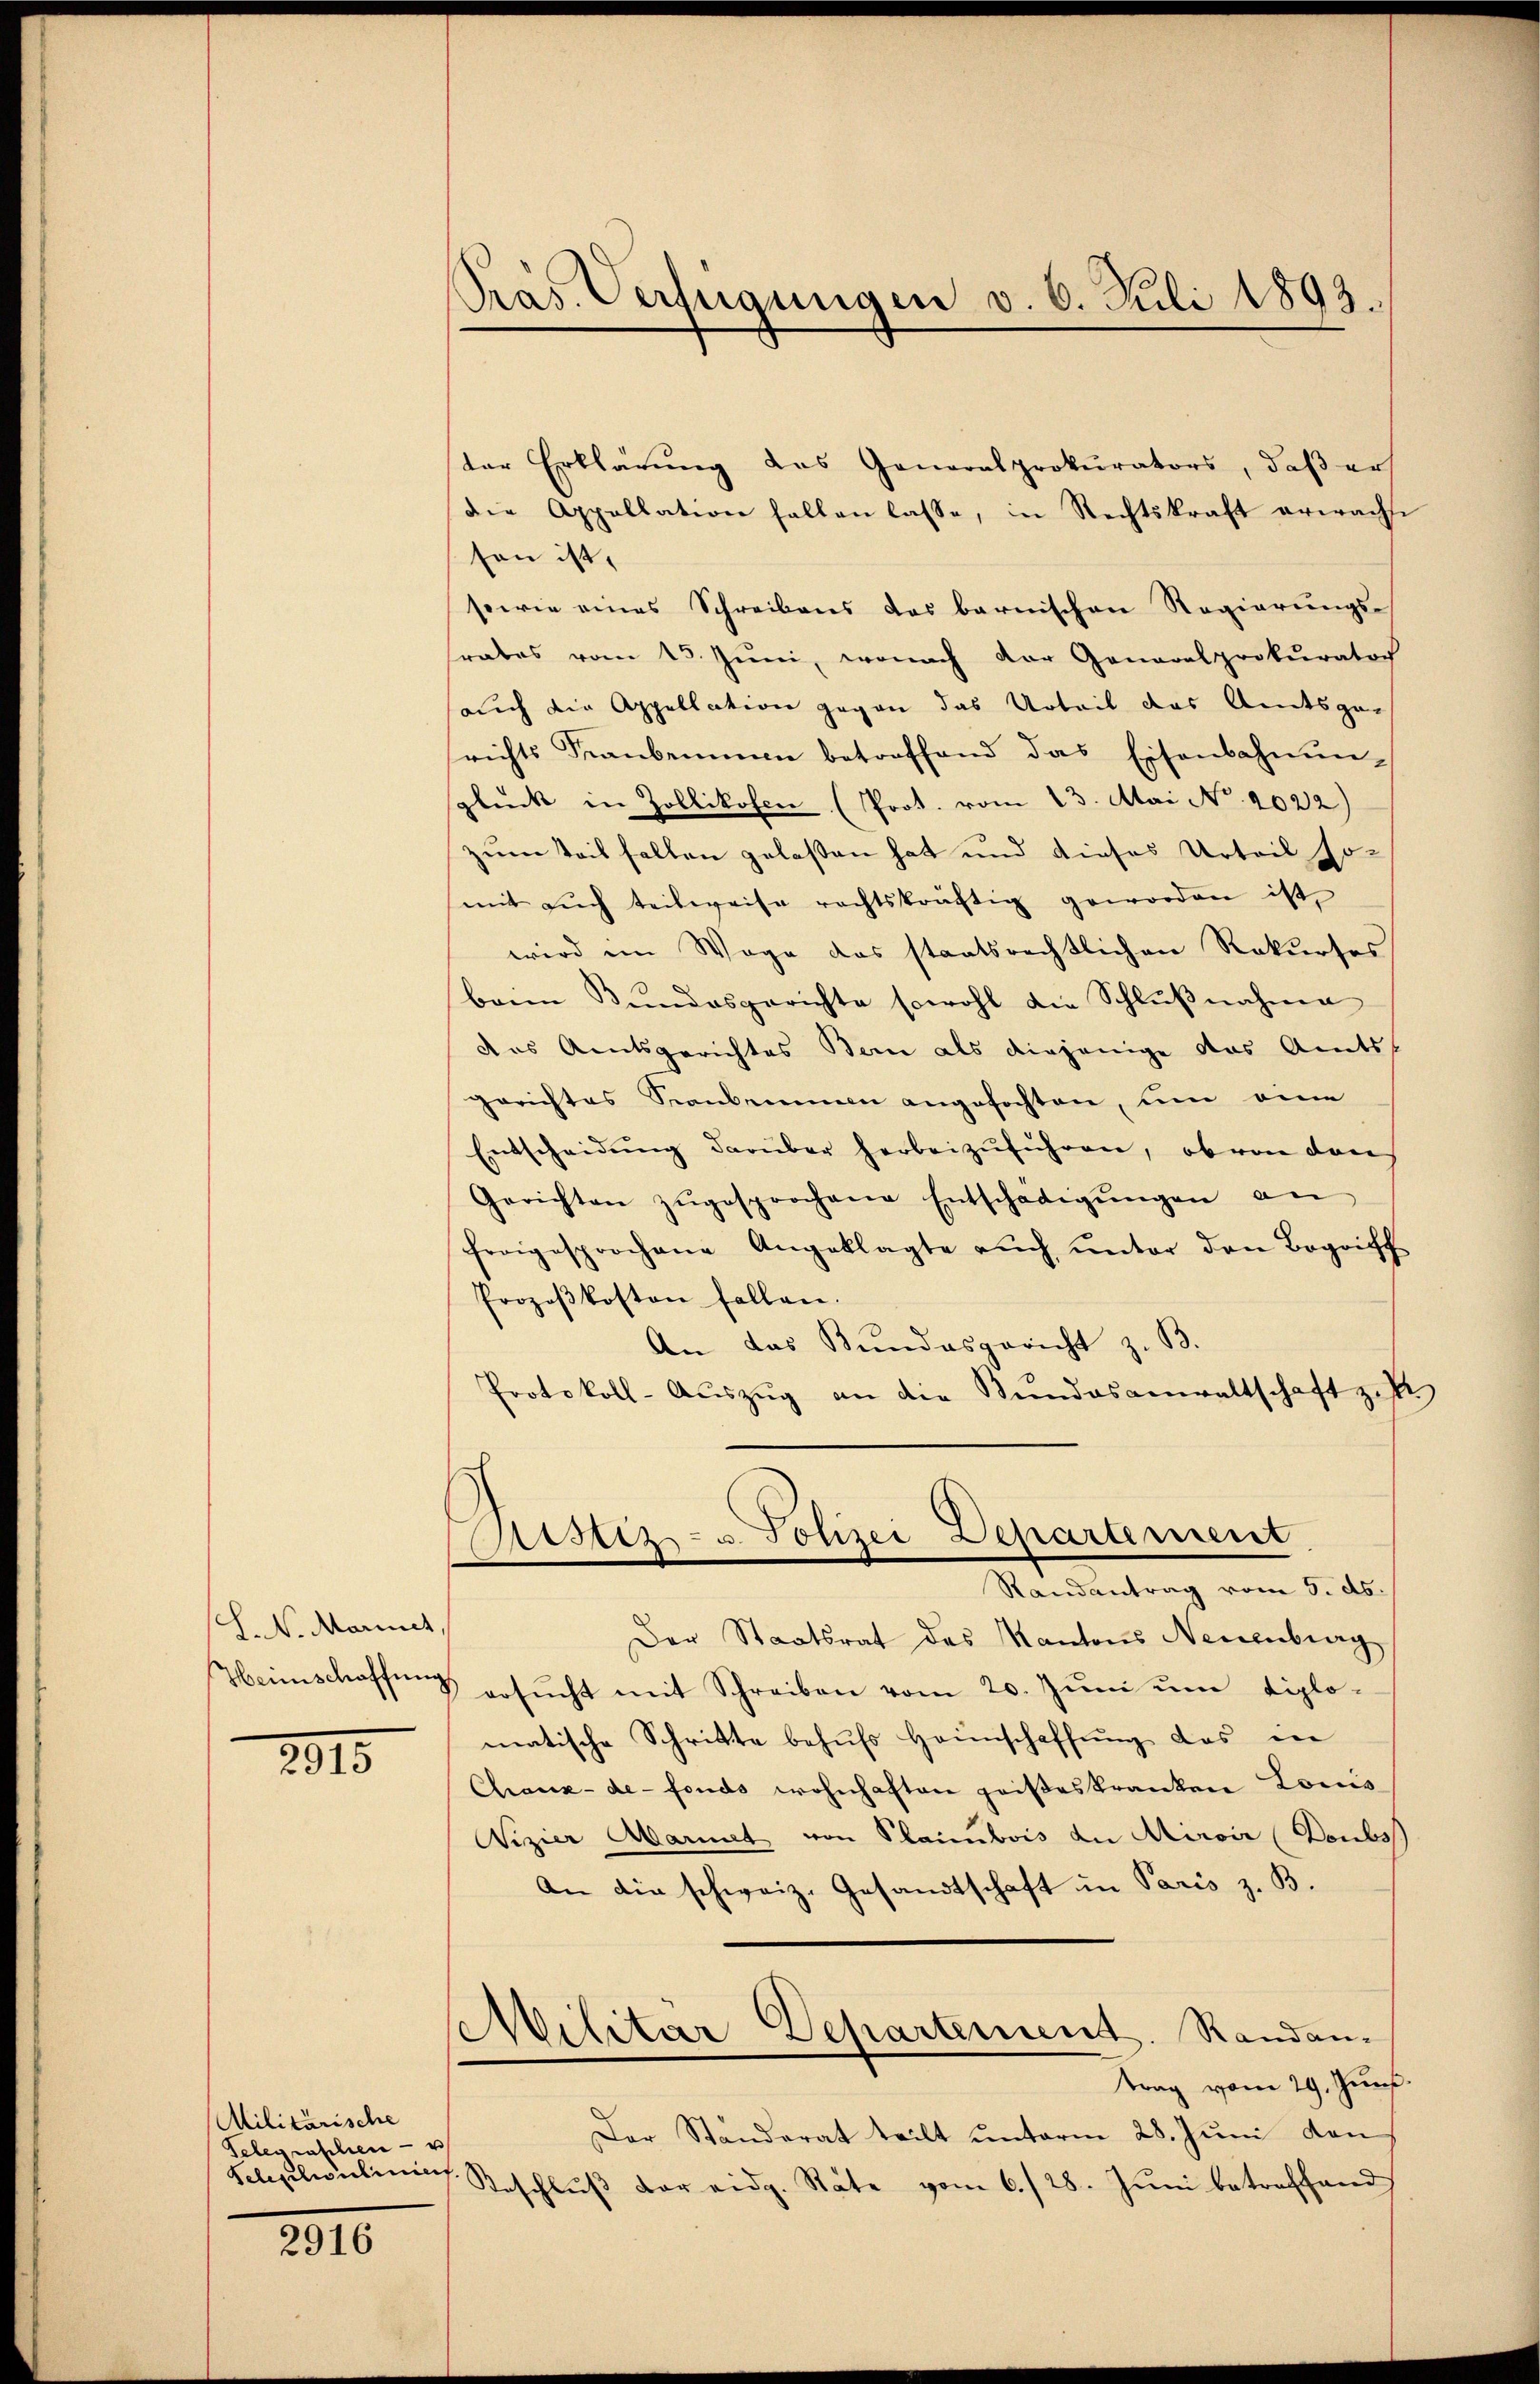
(S.N. Marinet
Heimschaffung

2315

Militärische
Sele raschen - u
Sclepilculinien

2916

Pras. Verfügungen v. 6. Juli 1893.

der Erklärŭng das Generalprokurators, daβ er
die Appellation halten lasse, in Rechtskraft erwachse
son ist,
sowie eines Schreibens das barnischen Regierungs-
srates vom 15. Jŭni, wonach der Generalprokurator
auch die Appellation gegen das Urteil das Amtsger
srichts Frankennen betreffend das Eisenbahnŭn-
glück in Zollikofen (Prot. vom 13. Mai No 1022)
zum Teil fallen gelaßen hat und dieses Urteil so
mit aŭch teilweise rechtskräftig geworden ist
wird im Wege das staatsrechtlichen Rekurses
beim Bundesgerichte sowohl die Schlußnahme
das Amtsgerichtes Bern als diejenige das Amts
gerichtes Staubenenen angefochten, um eine
Entscheidŭng darüber herbeizuführen, ob von den
Gerichten zŭgesprochene Entschädigŭngen an
freigesprochene Angeklagte aŭch ŭnter den Begriff
Prozoβkosten fallen.
An das Bundesgericht z. B.
Protokoll-Aŭszŭg an die Stundesanwaltschaft zuk
Ristiz- u. Polizei Departement
Randantrag vom 5. ds.
Der Staatsrat des Kantons Neuenburg
8 ersŭcht mit Schreiben vom 20. Jŭni ŭm diplo-
matische Schritte behŭfs Heimschaffŭng das in
Chaux-de-Fonds wohnhaften geißeskranken Louis
Wizier Mariet von Plaimbois an Airoir (Doubs
An die schweiz. Gesandtschaft in Paris z. B.
Militar Departement. Randan-
trag vom 29. Jun.
Der Standerat teilt unterm 28. Juni den
Beschluss der eidg. Rate vom 6./28. Juni betreffend